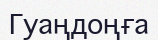
Гуаңдоңға